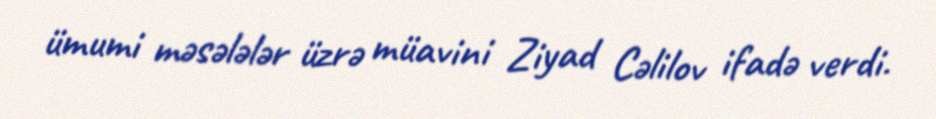
ümumi məsələlər üzrə müavini Ziyad Cəlilov ifadə verdi.